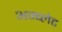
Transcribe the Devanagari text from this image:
अम्ब्लेट